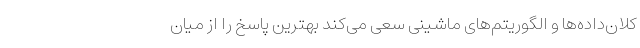
کلان‌داده‌ها و الگوریتم‌های ماشینی سعی می‌کند بهترین پاسخ را از میان